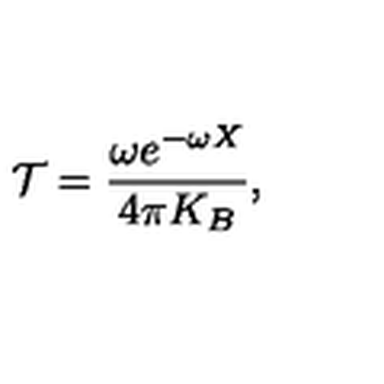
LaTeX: { \cal T } = \frac { \omega e ^ { - \omega X } } { 4 \pi K _ { B } } ,